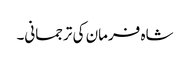
شاہ فرمان کی ترجمانی۔